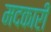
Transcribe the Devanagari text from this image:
मदकारी